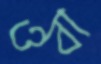
ওবা